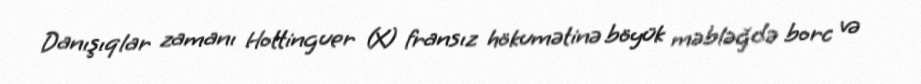
Danışıqlar zamanı Hottinguer (X) fransız hökumətinə böyük məbləğdə borc və